Civil Veterinary Dept. Bombay admin report 1907-1913 - 1907-1913
Year: 1907
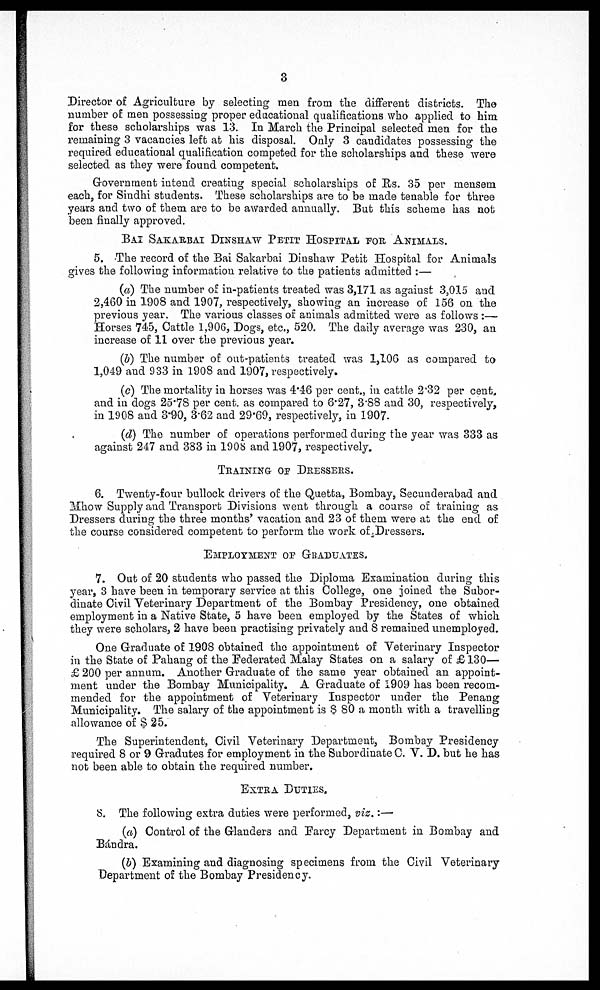
3
Director of Agriculture by selecting men from the different districts. The
number of men possessing proper educational qualifications who applied to him
for these scholarships was 13. In March the Principal selected men for the
remaining 3 vacancies left at his disposal. Only 3 candidates possessing the
required educational qualification competed for the scholarships and these were
selected as they were found competent.
Government intend creating special scholarships of Rs. 35 per mensem
each, for Sindhi students. These scholarships are to be made tenable for three
years and two of them are to be awarded annually. But this scheme has not
been finally approved.
BAI SAKARBAI DINSHAW PETIT HOSPITAL FOR ANIMALS.
5. The record of the Bai Sakarbai Dinshaw Petit Hospital for Animals
gives the following information relative to the patients admitted :—
(a) The number of in-patients treated was 3,171 as against 3,015 and
2,460 in 1908 and 1907, respectively, showing an increase of 156 on the
previous year. The various classes of animals admitted were as follows :—
Horses 745, Cattle 1,906, Dogs, etc., 520. The daily average was 230, an
increase of 11 over the previous year.
(b) The number of out-patients treated was 1,106 as compared to
1,049 and 933 in 1908 and 1907, respectively.
(c) The mortality in horses was 4.46 per cent., in cattle 2.32 per cent.
and in dogs 25.78 per cent. as compared to 6.27, 3.88 and 30, resnectively,
in 1908 and 3.90, 3.62 and 29.69, respectively, in 1907.
(d) The number of operations performed during the year was 333 as
against 247 and 383 in 1908 and 1907, respectively.
TRAINING OF DRESSERS.
6. Twenty-four bullock drivers of the Quetta, Bombay, Secunderabad and
Mhow Supply and Transport Divisions went through a course of training as
Dressers during the three months' vacation and 23 of them were at the end of
the course considered competent to perform the work of Dressers.
EMPLOYMENT OF GRADUATES.
7. Out of 20 students who passed the Diploma Examination during this
year, 3 have been in temporary service at this College, one joined the Subor-
dinate Civil Veterinary Department of the Bombay Presidency, one obtained
employment in a Native State, 5 have been employed by the States of which
they were scholars, 2 have been practising privately and 8 remained unemployed.
One Graduate of 1908 obtained the appointment of Veterinary Inspector
in the State of Pahang of the Federated Malay States on a salary of £ 130—
£ 200 per annum. Another Graduate of the same year obtained an appoint-
ment under the Bombay Municipality. A Graduate of 1909 has been recom-
mended for the appointment of Veterinary Inspector under the Penang
Municipality. The salary of the appointment is $ 80 a month with a travelling
allowance of $ 25.
The Superintendent, Civil Veterinary Department, Bombay Presidency
required 8 or 9 Gradutes for employment in the Subordinate C. V. D. but he has
not been able to obtain the required number.
EXTRA DUTIES.
8. The following extra duties were performed, viz.:—
(a) Control of the Glanders and Farcy Department in Bombay and
Béndra.
(b) Examining and diagnosing specimens from the Civil Veterinary
Department of the Bombay Presidency.